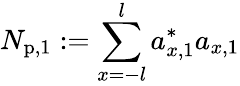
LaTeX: N_{\mathrm{p},1}:=\sum_{x=-l}^{l}a_{x,1}^{\ast}a_{x,1}